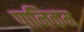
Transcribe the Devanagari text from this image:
पानिकम